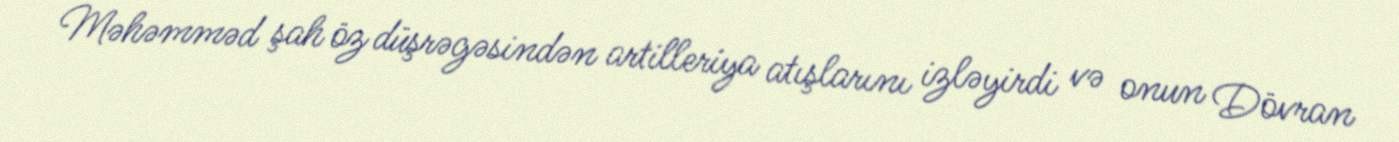
Məhəmməd şah öz düşrəgəsindən artilleriya atışlarını izləyirdi və onun Dövran